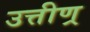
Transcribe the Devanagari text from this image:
उत्तीण्र